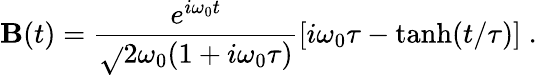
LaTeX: \mathbf{B}(t)=\frac{{{e}^{i\omega_{0}t}}}{{\sqrt{}{{2\omega_{0}}}(1+i\omega_{0}\tau)}}\left[i\omega_{0}\tau-\operatorname{tanh}(t/\tau)\right]\; .